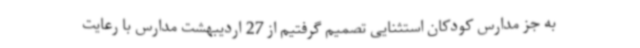
به جز مدارس کودکان استثنایی تصمیم گرفتیم از 27 اردیبهشت مدارس با رعایت